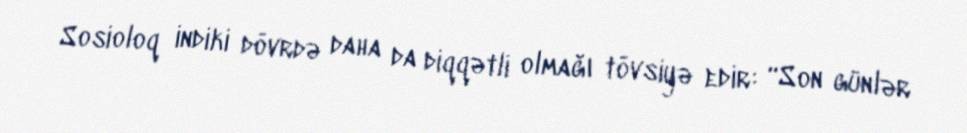
Sosioloq indiki dövrdə daha da diqqətli olmağı tövsiyə edir: “Son günlər